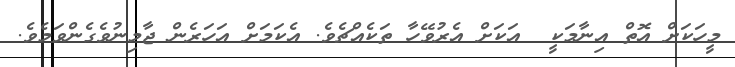
މީހަކަށް އޮތް އިނާމަކީ  އަކަށް އެރުވޭހާ ތަކެއްޗެވެ. އެކަމަށް އަހަރެން ޖާމިނުވެގެންވަމެވެ.